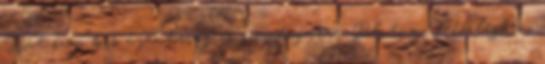
Hát szép kis ájtatosság és szemforgatás. Plutó a Mérlegben,